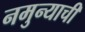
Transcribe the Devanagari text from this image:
नमुन्याची